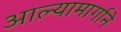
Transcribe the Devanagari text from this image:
आल्यामार्गाने